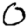
Digit: 0